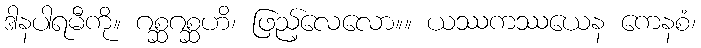
ဒါနပါရမီကို။ ဂစ္ဆဂစ္ဆဟိ၊ ဖြည့်လေလော။။ ယဿကဿယေန ကေနစံ၊